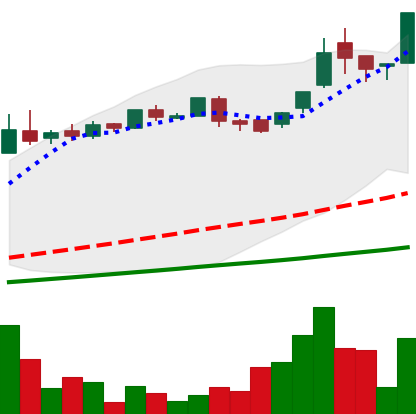
Ticker: LTC-USD
Chart end date: 2016-06-16
Forward return: -14.822%
Label: down_7plus